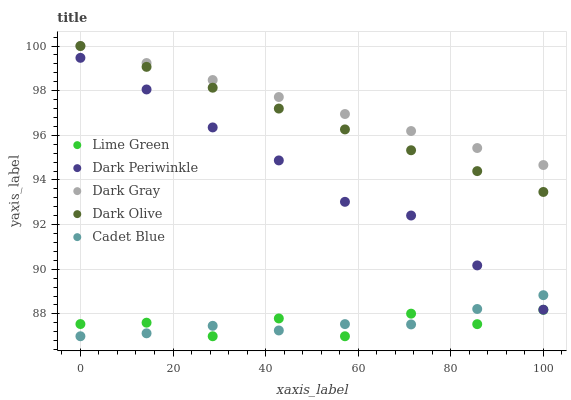
| xaxis_label | Lime Green | Dark Periwinkle | Dark Gray | Dark Olive | Cadet Blue |
 | --- | --- | --- | --- | --- | --- |
 | 0 | 87.5 | 99.5 | 100 | 100 | 87 |
 | 14.3 | 87.6 | 98.1 | 99.2 | 99.1 | 87.1 |
 | 28.6 | 87 | 96.4 | 98.5 | 98.1 | 87.5 |
 | 42.9 | 87.8 | 94.9 | 97.7 | 97.2 | 87.3 |
 | 57.1 | 87 | 93 | 97 | 96.3 | 87.5 |
 | 71.4 | 88 | 92.4 | 96.2 | 95.3 | 87.5 |
 | 85.7 | 87.5 | 90.2 | 95.4 | 94.4 | 88.2 |
 | 100 | 88.2 | 88.2 | 94.7 | 93.5 | 88.8 |